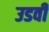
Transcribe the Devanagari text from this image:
उडवी